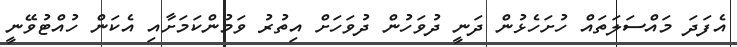
އެފަދަ މައްސަލަތައް ހުށަހެޅުން ދަނީ ދުވަހުން ދުވަހަށް އިތުރު ވަމުންކަމަށާއި އެކަން ހުއްޓުވޭނީ